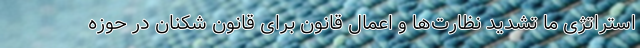
استراتژی ما تشدید نظارت‌ها و اعمال قانون برای قانون شکنان در حوزه